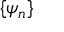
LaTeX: \{ \psi _ { n } \}